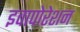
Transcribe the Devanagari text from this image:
इवापोरेशन